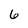
Character: 6